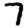
Digit: 7